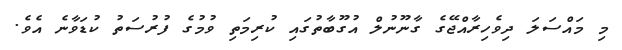
މި މައްސަލަ ދިވެހިރާއްޖޭގެ ގާނޫނުލް އުގޫބާތުގައި ކުރިމަތި ވުމުގެ ފުރުސަތު ކުޑަވާނެ އެވެ.